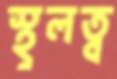
স্থূলত্ব